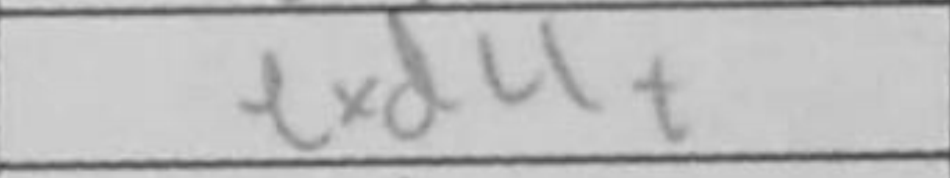
Transcription: exd4+